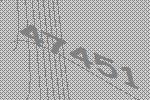
47451